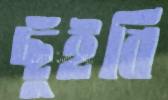
ছুঁইবি